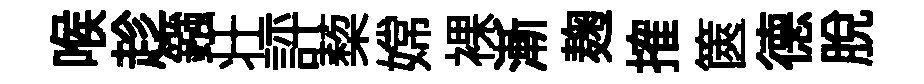
喉趁鏹壮評蔾嫦裸漸麹搉篋德脫